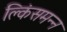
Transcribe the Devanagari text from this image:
क्लिंसमन्न